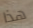
هذا